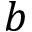
b